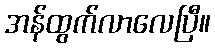
အန်ထွက်လာလေပြီ။